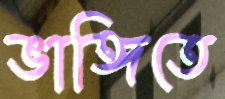
ভাঙ্গিতে